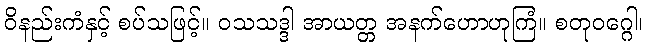
ဝိနည်းကံနှင့် စပ်သဖြင့်။ ဝသသဒ္ဒါ အာယတ္တ အနက်ဟောဟုကြံ။ စတုဝဂ္ဂေါ၊